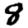
Digit: 8